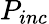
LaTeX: P_{inc}